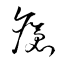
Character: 瘡